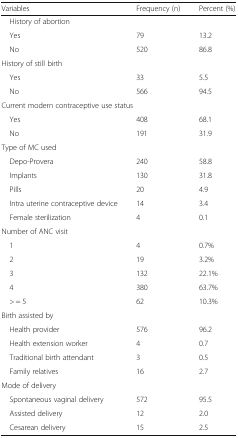
<table><thead><tr><td><b>Variables</b></td><td><b>Frequency (n)</b></td><td><b>Percent (%)</b></td></tr></thead><tbody><tr><td colspan="3"> History of abortion</td></tr><tr><td> Yes</td><td>79</td><td>13.2</td></tr><tr><td> No</td><td>520</td><td>86.8</td></tr><tr><td colspan="3">History of still birth</td></tr><tr><td> Yes</td><td>33</td><td>5.5</td></tr><tr><td> No</td><td>566</td><td>94.5</td></tr><tr><td colspan="3">Current modern contraceptive use status</td></tr><tr><td> Yes</td><td>408</td><td>68.1</td></tr><tr><td> No</td><td>191</td><td>31.9</td></tr><tr><td colspan="3">Type of MC used</td></tr><tr><td> Depo-Provera</td><td>240</td><td>58.8</td></tr><tr><td> Implants</td><td>130</td><td>31.8</td></tr><tr><td> Pills</td><td>20</td><td>4.9</td></tr><tr><td> Intra uterine contraceptive device</td><td>14</td><td>3.4</td></tr><tr><td> Female sterilization</td><td>4</td><td>0.1</td></tr><tr><td colspan="3">Number of ANC visit</td></tr><tr><td> 1</td><td>4</td><td>0.7%</td></tr><tr><td> 2</td><td>19</td><td>3.2%</td></tr><tr><td> 3</td><td>132</td><td>22.1%</td></tr><tr><td> 4</td><td>380</td><td>63.7%</td></tr><tr><td> &gt; = 5</td><td>62</td><td>10.3%</td></tr><tr><td colspan="3">Birth assisted by</td></tr><tr><td> Health provider</td><td>576</td><td>96.2</td></tr><tr><td> Health extension worker</td><td>4</td><td>0.7</td></tr><tr><td> Traditional birth attendant</td><td>3</td><td>0.5</td></tr><tr><td> Family relatives</td><td>16</td><td>2.7</td></tr><tr><td colspan="3">Mode of delivery</td></tr><tr><td> Spontaneous vaginal delivery</td><td>572</td><td>95.5</td></tr><tr><td> Assisted delivery</td><td>12</td><td>2.0</td></tr><tr><td> Cesarean delivery</td><td>15</td><td>2.5</td></tr></tbody></table>